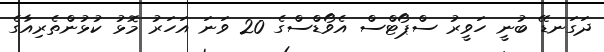
ދަގަނޑޭ ބުނީ ހަވީރު ސްޕޯޓްސް އެވޯޑްސްގެ 20 ވަނަ އަހަރު މޮޅު ކުޅުންތެރިއާގެ